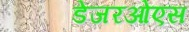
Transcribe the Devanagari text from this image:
डेंजरओएस